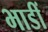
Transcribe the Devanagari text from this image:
भाडीं